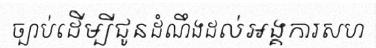
ច្បាប់ដើម្បីជូនដំណឹងដល់អង្គការសហ